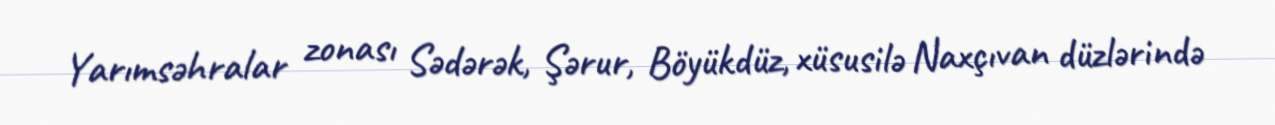
Yarımsəhralar zonası Sədərək, Şərur, Böyükdüz, xüsusilə Naxçıvan düzlərində